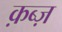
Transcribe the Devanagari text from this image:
क़ब्ज़